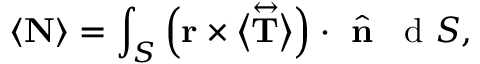
\langle \mathbf { N } \rangle = \int _ { S } \Big ( \mathbf { r } \times \big \langle \overset \leftrightarrow { \mathbf { T } } \big \rangle \Big ) \cdot \hat { \textbf { n } } \, \mathrm { ~ d ~ } S ,